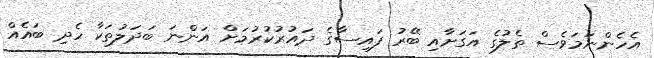
އެހެންނަމަވެސް ތެލުގެ އަގަށާއި ބޭރު ފައިސާގެ ދައުރުކުރުމަށް އަންނަ ބަދަލުތަކާ ހެދި ބައެއް